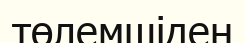
төлемшіден